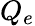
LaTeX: Q_{e}